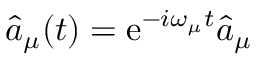
\hat { a } _ { \mu } ( t ) = \mathrm { e } ^ { - i \omega _ { \mu } t } \hat { a } _ { \mu }